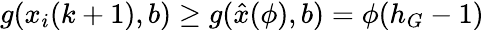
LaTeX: g(x_{i}(k+1),b)\geq g(\hat{x}(\phi),b)=\phi(h_{G}-1)